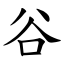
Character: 谷